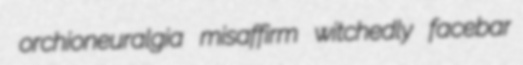
orchioneuralgia misaffirm witchedly facebar